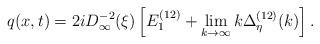
LaTeX: \begin{align*} q(x,t)=2iD^{-2}_{\infty}(\xi)\left[E_{1}^{(12)}+\lim_{k\rightarrow\infty}k\Delta_{\eta}^{(12)}(k)\right].\end{align*}